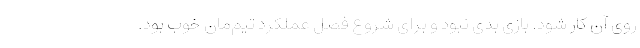
روی آن کار شود. بازی بدی نبود و برای شروع فصل عملکرد تیم‌مان خوب بود.